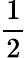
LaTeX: \displaystyle\frac{1}{2}